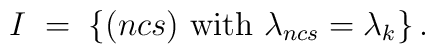
I \;=\; \left\{ (ncs) {\mbox{ with }} \lambda_{ncs} = \lambda_k \right\} .